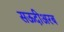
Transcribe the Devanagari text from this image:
सऊदीअरब